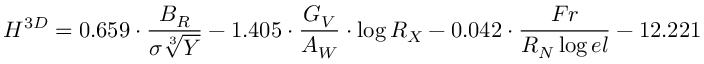
{ H ^ { 3 D } = 0 . 6 5 9 \cdot \frac { B _ { R } } { \sigma \sqrt [ 3 ] { Y } } - 1 . 4 0 5 \cdot \frac { G _ { V } } { A _ { W } } \cdot \log { R _ { X } } - 0 . 0 4 2 \cdot \frac { F r } { R _ { N } \log { e l } } - 1 2 . 2 2 1 }